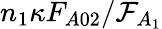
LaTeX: n_{1}\kappa F_{A02}/\mathcal{F}_{A_{1}}